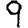
Digit: 9